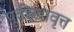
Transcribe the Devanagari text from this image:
पूर्वरेखावृत्त